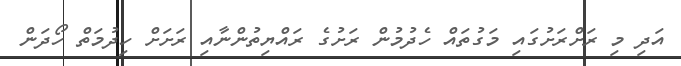
އަދި މި ރަށްރަށުގައި މަގުތައް ހެދުމުން ރަށުގެ ރައްޔިތުންނާއި ރަށަށް ހިދުމަތް ހޯދަން